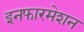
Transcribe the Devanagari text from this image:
इनफारमेशन